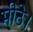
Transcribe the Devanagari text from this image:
मीठे।